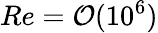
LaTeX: Re=\mathcal{O}(10^{6})